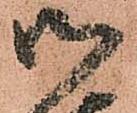
御